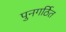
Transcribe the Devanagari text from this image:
पुनगर्ठित